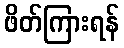
ဖိတ်ကြားရန်